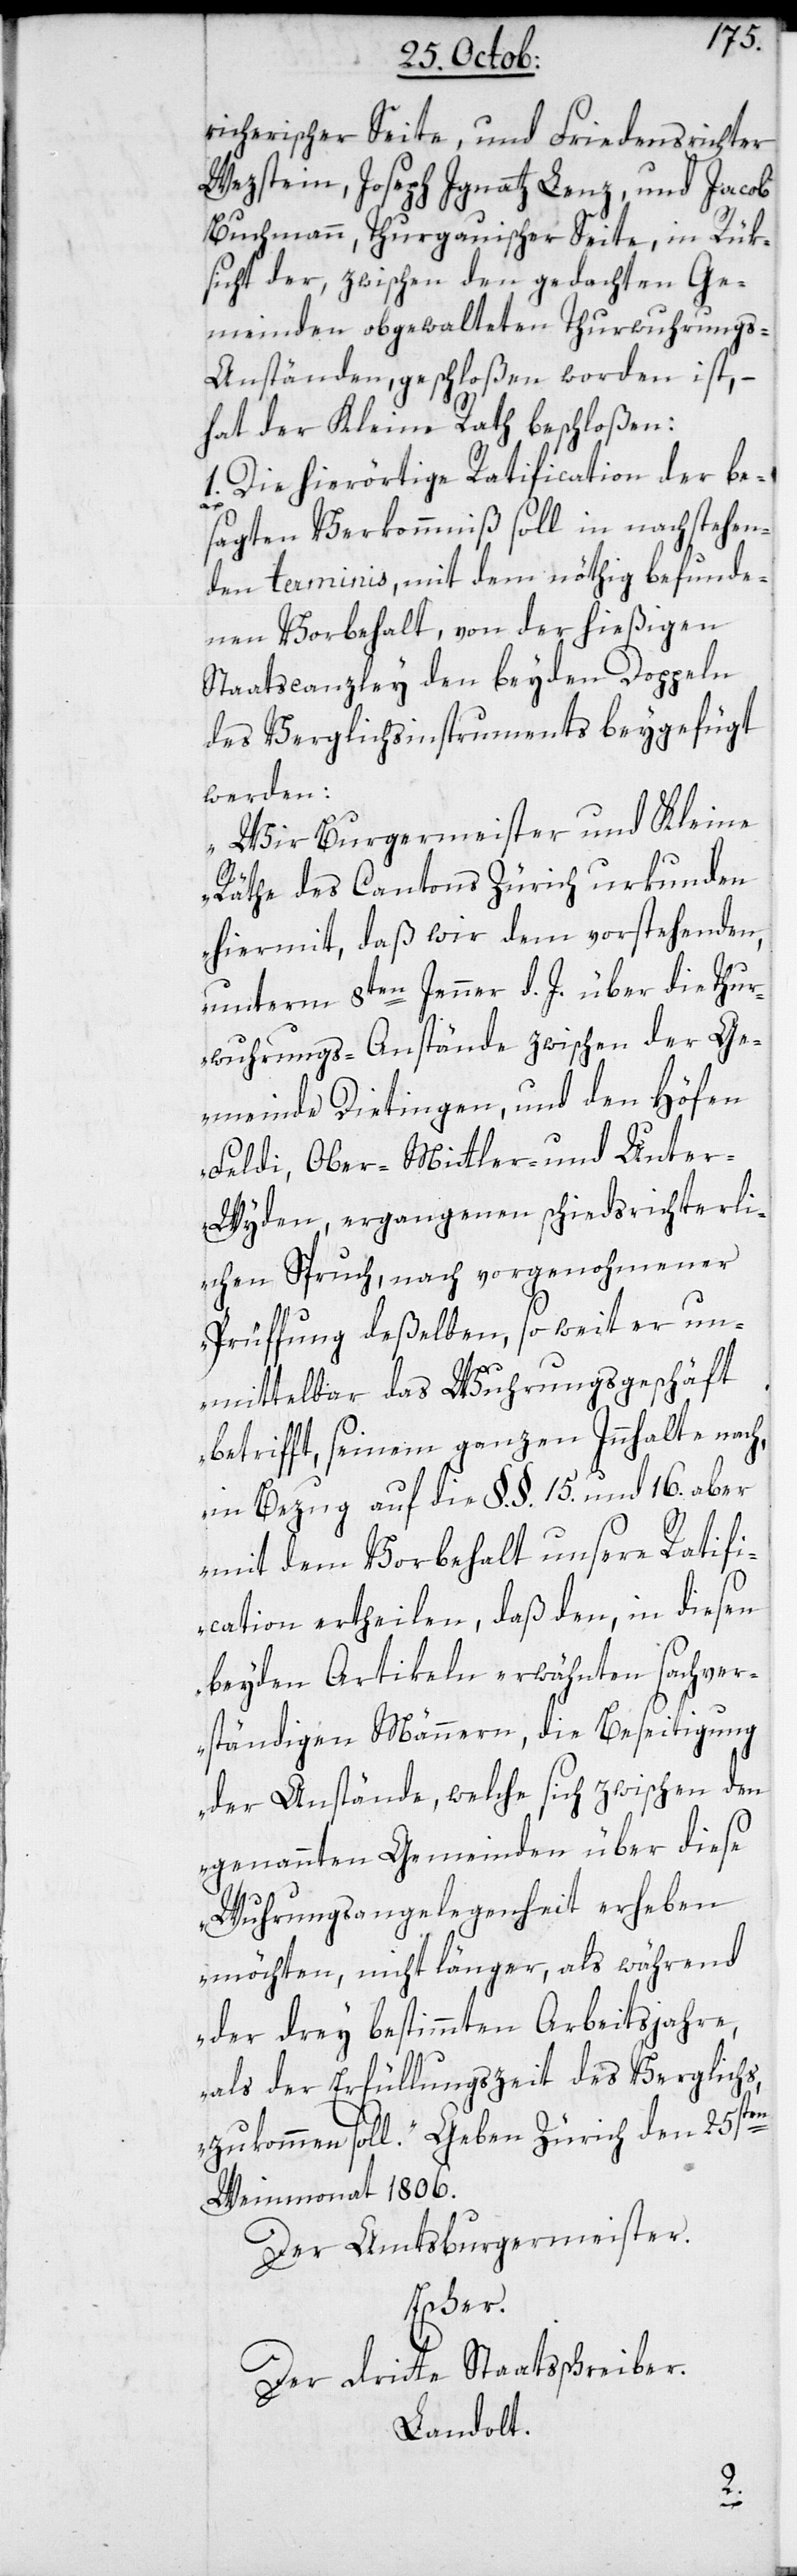
rcherischer Seite, und Friedensrichter
Wetzstein, Joseph Ignatz Lenz und Jacob
Buchmann, Thurgauischer Seite, in Rük¬
sicht der zwischen den gedachten Ge¬
meinden obgewalteten Thurwuhrung¬
s-Anständen, geschloßen worden ist, –
hat der Kleine Rath beschloßen:
1. Die hierörtige Ratification der be¬
sagten Verkommnis soll in nachstehen¬
den terminis, mit dem nöthig befunde¬
nen Vorbehalt, von der hießigen
Staatscanzley den beyden Doppeln
des Verglichsinstruments beygefügt
werden:
„Wir Burgermeister und Kleine
Räthe des Cantons Zürich urkunden
hiermit, daß wir dem vorstehenden,
unterm 8ten Jenner d. J. über die Thur¬
wuhrungs-Anstände zwischen der Ge¬
meinde Dietingen und den Höfen
Feldi, Ober-, Mittler-[,] und Unter¬
wyden, ergangenen schiedsrichterli¬
chen Spruch, nach vorgenohmener
Prüfung deßelben, so weit er un¬
mittelbar das Wuhrungsgeschäft
betrifft, seinem ganzen Innhalt nach,
in Bezug auf die §.§. 15. und 16. aber
mit dem Vorbehalt unsere Ratifi¬
cation ertheilen, daß den, in diesen
beyden Artikeln erwähnten sachver¬
ständigen Männern, die Beseitigung
der Anstände, welche sich zwischen den
genannten Gemeinden über diese
Wuhrungsangelegenheit erheben
möchten, nicht länger, als während
der drey bestimmten Arbeitsjahre,
als der Erfüllungszeit des Verglichs,
zukommen soll“. Geben Zürich den 25sten
Weinmonat 1806.
Der Amtsburgermeister.
Escher.
Der dritte Staatsschreiber.
Landolt.